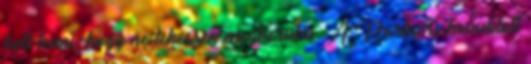
kell tenni, hogy ne lehessen megkerülni. A Partners beindított